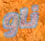
ناو